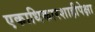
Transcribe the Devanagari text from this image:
एकाधिकारशाहीपेक्षा